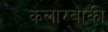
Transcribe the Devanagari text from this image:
कलारबाकी